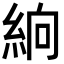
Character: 𥿧